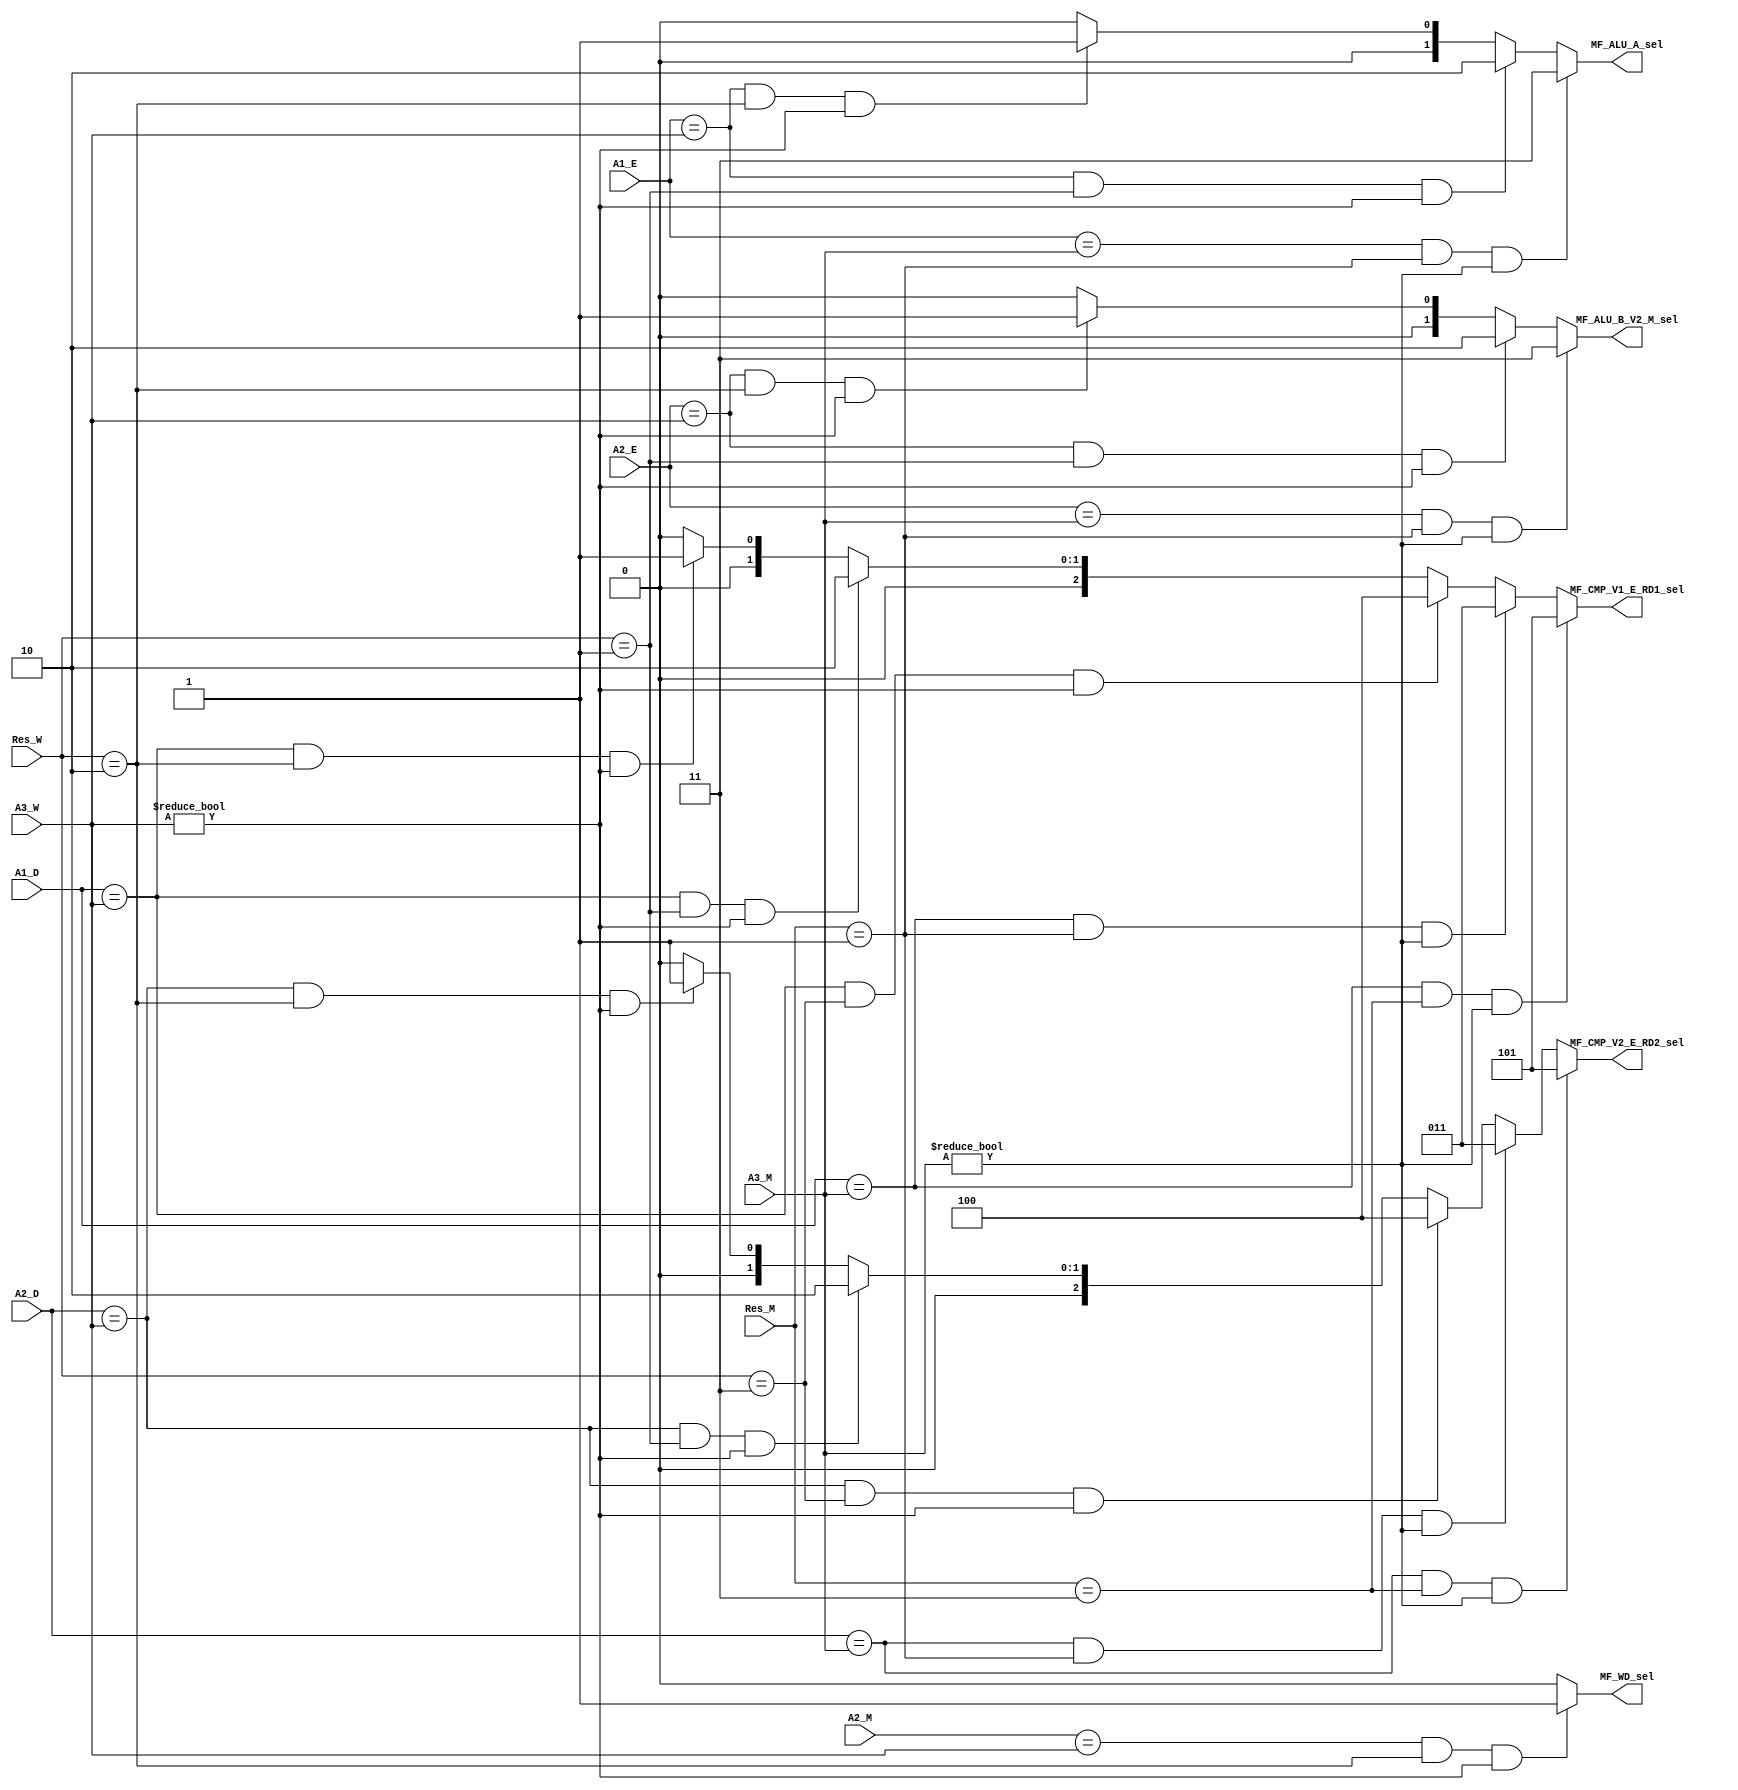
`timescale 1ns / 1ps
//////////////////////////////////////////////////////////////////////////////////
// Company: 
// Engineer: 
// 
// Design Name: 
// Module Name:    forward_controller 
// Project Name: 
// Target Devices: 
// Tool versions: 
// Description: 
//
// Dependencies: 
//
// Revision: 
// Revision 0.01 - File Created
// Additional Comments: 
//
//////////////////////////////////////////////////////////////////////////////////
`define M_to_D_PC 3'd5
`define W_to_D_PC 3'd4
`define M_to_D_ALU  3'd3
`define W_to_D_ALU  3'd2
`define W_to_D_DM  3'd1

`define M_to_E_ALU  2'd3
`define W_to_E_ALU  2'd2
`define W_to_E_DM  2'd1
`define W_to_M_ALU  2'd2
`define W_to_M_DM  1'd1

`define ALU 2'b01
`define DM 2'b10
`define NW 2'b00
`define PC 2'b11
module forward_controller(A1_D, A2_D, A1_E, A2_E, A2_M, A3_M, A3_W, Res_M, Res_W, MF_CMP_V1_E_RD1_sel, MF_CMP_V2_E_RD2_sel, MF_ALU_A_sel, MF_ALU_B_V2_M_sel, MF_WD_sel);
	input [4:0] A1_D;
	input [4:0] A2_D;
	input [4:0] A1_E;
	input [4:0] A2_E;
	input [4:0] A2_M;
	input [4:0] A3_M;
	input [4:0] A3_W;
	input [1:0] Res_M;//MTnew
	input [1:0] Res_W;//WTnew
	output [2:0] MF_CMP_V1_E_RD1_sel;
	output [2:0] MF_CMP_V2_E_RD2_sel;
	output [1:0] MF_ALU_A_sel;
	output [1:0] MF_ALU_B_V2_M_sel;
	output MF_WD_sel;
	
	//input Res_E;
	//(A1_D == A3_E)&(Res_E == `PC)&(A3_E != 0)? `E_to_D_PC
	
	//assign MF_EPC_sel
	
	assign MF_CMP_V1_E_RD1_sel = (A1_D == A3_M) & (Res_M == `PC) &(A3_M != 0)? `M_to_D_PC:
										  
									   (A1_D == A3_M) & (Res_M == `ALU)&(A3_M != 0) ? `M_to_D_ALU:
										   (A1_D == A3_W) & (Res_W == `PC)&(A3_W != 0)? `W_to_D_PC:
									   (A1_D == A3_W) & (Res_W == `ALU)&(A3_W != 0) ? `W_to_D_ALU:
										  (A1_D == A3_W) & (Res_W == `DM)&(A3_W != 0) ? `W_to_D_DM:
																								  3'b000;

	assign MF_CMP_V2_E_RD2_sel = (A2_D == A3_M) & (Res_M == `PC)&(A3_M != 0)? `M_to_D_PC:
										  
									  (A2_D == A3_M) & (Res_M == `ALU)&(A3_M != 0) ? `M_to_D_ALU:
									     (A2_D == A3_W) & (Res_W == `PC)&(A3_W != 0)? `W_to_D_PC:
									  (A2_D == A3_W) & (Res_W == `ALU)&(A3_W != 0) ? `W_to_D_ALU:
										 (A2_D == A3_W) & (Res_W == `DM)&(A3_W != 0) ? `W_to_D_DM:
																						        3'b000;
																								  
	assign MF_ALU_A_sel = (A1_E == A3_M)&(Res_M == `ALU)&(A3_M != 0) ? `M_to_E_ALU:
								 (A1_E == A3_W)&(Res_W == `ALU)&(A3_W != 0) ? `W_to_E_ALU:
									 (A1_E == A3_W)&(Res_W ==`DM)&(A3_W != 0) ? `W_to_E_DM:
													                           2'b00;
																						
	assign MF_ALU_B_V2_M_sel = (A2_E == A3_M)&(Res_M == `ALU)&(A3_M != 0) ? `M_to_E_ALU:
										(A2_E == A3_W)&(Res_W == `ALU)&(A3_W != 0) ? `W_to_E_ALU:
											(A2_E == A3_W)&(Res_W ==`DM)&(A3_W != 0) ? `W_to_E_DM:
													                           2'b00;
																						
	assign MF_WD_sel = (A2_M == A3_W)&(Res_W == `DM)&(A3_W != 0) ? `W_to_M_DM: 1'b0;


endmodule